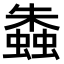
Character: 𧑤